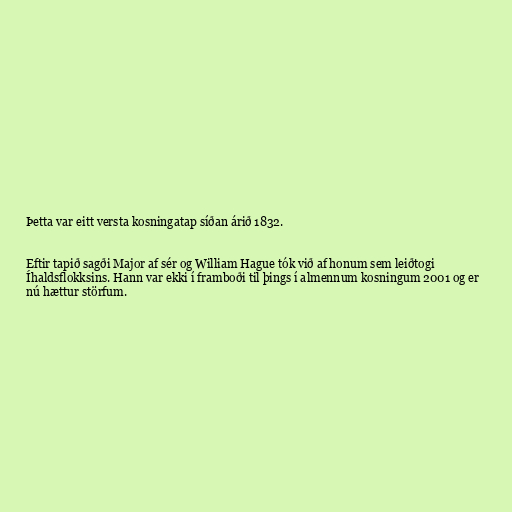
Þetta var eitt versta kosningatap síðan árið 1832.

Eftir tapið sagði Major af sér og William Hague tók við af honum sem leiðtogi
Íhaldsflokksins. Hann var ekki í framboði til þings í almennum kosningum 2001 og er
nú hættur störfum.